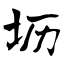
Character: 坜